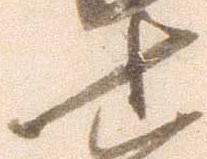
十